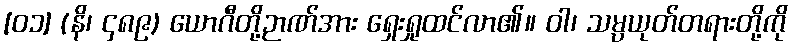
[၀၁] (နိ၊ ၄၈၉) ယောဂီတို့ဉာဏ်အား ရှေးရှုထင်လာ၏။ ဝါ၊ သမ္ပယုတ်တရားတို့ကို